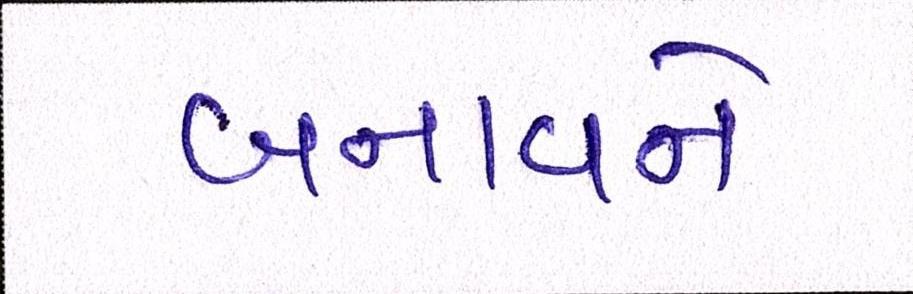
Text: બનાવને